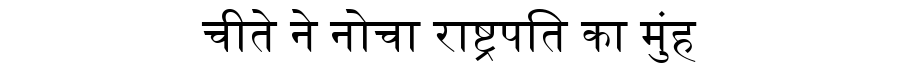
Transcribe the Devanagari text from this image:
चीते ने नोचा राष्ट्रपति का मुंह